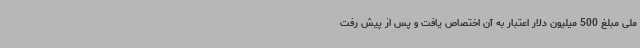
ملی مبلغ 500 میلیون دلار اعتبار به آن اختصاص یافت و پس از پیش رفت